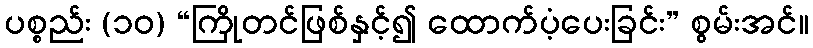
ပစ္စည်း (၁၀) “ကြိုတင်ဖြစ်နှင့်၍ ထောက်ပံ့ပေးခြင်း” စွမ်းအင်။